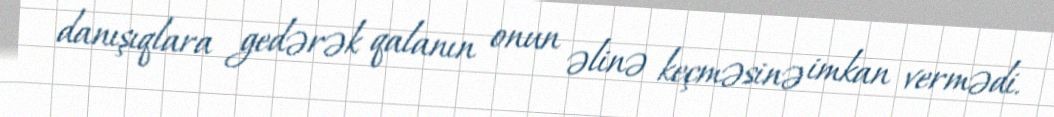
danışıqlara gedərək qalanın onun əlinə keçməsinə imkan vermədi.